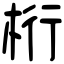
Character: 桁